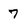
Character: 7